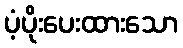
ပံ့ပိုးပေးထားသော